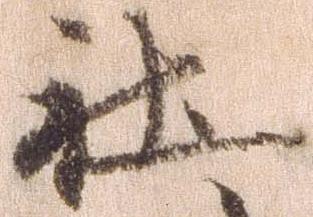
社